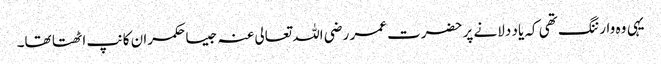
یہی وہ وارننگ تھی کہ یاد دلانے پر حضرت عمر رضی اللہ تعالی عنہ جیسا حکمران کانپ اٹھتا تھا۔